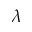
\lambda